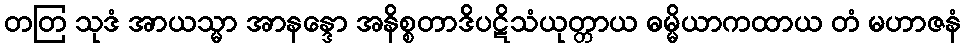
တတြ သုဒံ အာယသ္မာ အာနန္ဒော အနိစ္စတာဒိပဋိသံယုတ္တာယ ဓမ္မိယာကထာယ တံ မဟာဇနံ